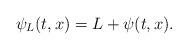
LaTeX: \begin{align*}\psi_{L}(t,x) = L + \psi(t,x).\end{align*}